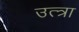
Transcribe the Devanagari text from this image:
उत्त्रा